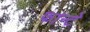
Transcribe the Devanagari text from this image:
फान्टे